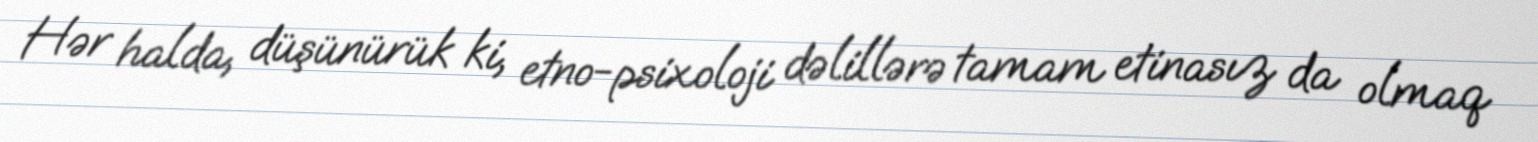
Hər halda, düşünürük ki, etno-psixoloji dəlillərə tamam etinasız da olmaq